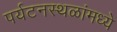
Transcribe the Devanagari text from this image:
पर्यटनस्थळांमध्ये